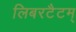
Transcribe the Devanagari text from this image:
लिबरटैटम्